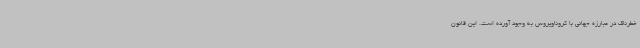
خطرناک در مبارزه جهانی با کروناویروس به وجود آورده است. این قانون